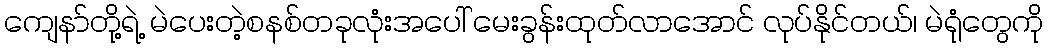
ကျေနာ်တို့ရဲ့ မဲပေးတဲ့စနစ်တခုလုံးအပေါ် မေးခွန်းထုတ်လာအောင် လုပ်နိုင်တယ်၊ မဲရုံတွေကို